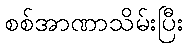
စစ်အာဏာသိမ်းပြီး